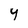
Character: Y